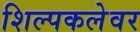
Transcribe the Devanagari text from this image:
शिल्पकलेवर